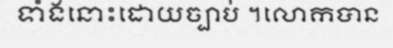
ទាំងនោះដោយច្បាប់ ។លោកបាន